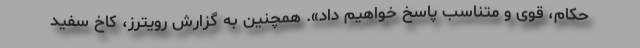
حکام، قوی و متناسب پاسخ خواهیم داد». همچنین به گزارش رویترز، کاخ سفید